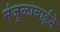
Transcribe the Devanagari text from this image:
मंजुळाबाईने